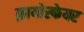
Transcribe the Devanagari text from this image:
क्रायोस्फेयर